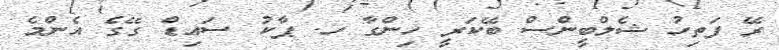
ރޭ ފަތިހު ޝެލްބީންސް ބޭކަރީ ހިންގާ ހ. ޕާކު ސައިޑް ގޭގެ އެންމެ